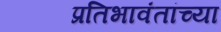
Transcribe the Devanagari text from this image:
प्रतिभावंतांच्या